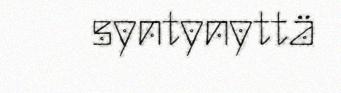
syntynyttä